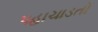
પહાચાડતો